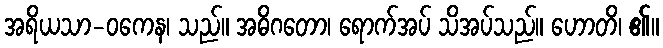
အရိယသာ-ဝကေန၊ သည်။ အဓိဂတော၊ ရောက်အပ် သိအပ်သည်။ ဟောတိ၊ ၏။